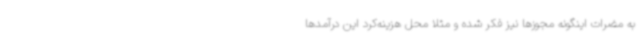
به مضرات اینگونه مجوزها نیز فکر شده و مثلاً محل هزینه‌کرد این درآمدها